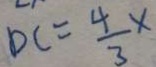
D C = \frac { 4 } { 3 } x